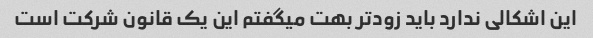
این اشکالی ندارد باید زودتر بهت میگفتم این یک قانون شرکت است